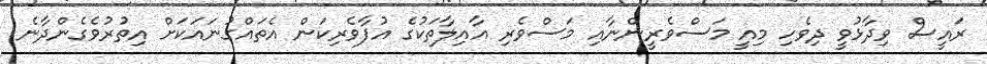
ރައީސް ވިދާޅުވީ ދިވެހި މިއީ މަސްވެރީންނާއި މަސްވެރި އާއިލާތަކުގެ އުފާވެރިކަން އެތައްގުނައަކަށް އިތުރުވެގެންދާނެ